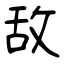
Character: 敌